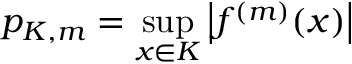
p _ { K , m } = \operatorname* { s u p } _ { x \in K } \left| f ^ { ( m ) } ( x ) \right|